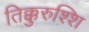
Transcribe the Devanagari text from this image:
तिक्कुरुश्शि